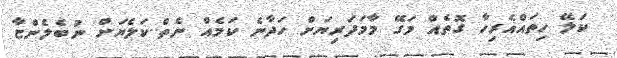
ކަލޭ ހިތައްއެރިހާ ގޮތެއް މަގޭ މާމަދަރިޔަށް ހަދާނެ ކަމެއް ނެތް..ކަލެޔަށް ނުބެލެންޏާ